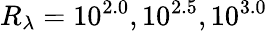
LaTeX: R_{\lambda}=10^{2.0},10^{2.5},10^{3.0}